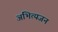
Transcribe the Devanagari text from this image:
अभित्यजन